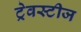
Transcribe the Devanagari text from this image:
ट्रेवस्टीज